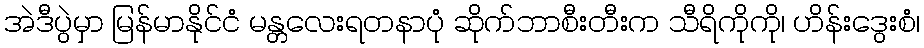
အဲဒီပွဲမှာ မြန်မာနိုင်ငံ မန္တလေးရတနာပုံ ဆိုက်ဘာစီးတီးက သီရိကိုကို၊ ဟိန်းဒွေးစံ၊